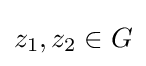
z_{1},z_{2}\in G